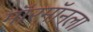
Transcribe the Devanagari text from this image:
मॉरमॉनला